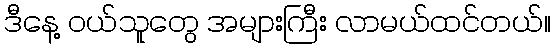
ဒီနေ့ ဝယ်သူတွေ အများကြီး လာမယ်ထင်တယ်။